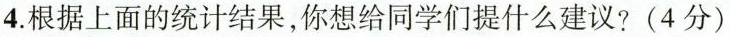
4.根据上面的统计结果，你想给同学们提什么建议?(4分)